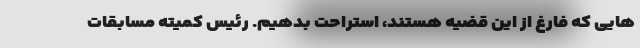
هایی که فارغ از این قضیه هستند، استراحت بدهیم. رئیس کمیته مسابقات